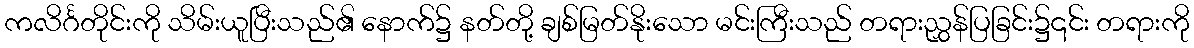
ကလိင်္ဂတိုင်းကို သိမ်းယူပြီးသည်၏ နောက်၌ နတ်တို့ ချစ်မြတ်နိုးသော မင်းကြီးသည် တရားညွှန်ပြခြင်း၌၎င်း တရားကို